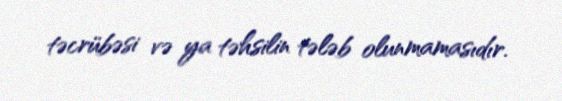
təcrübəsi və ya təhsilin tələb olunmamasıdır.